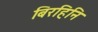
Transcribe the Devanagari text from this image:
बिरहिनि